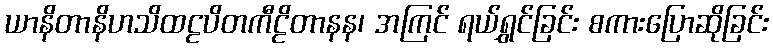
ယာနိတာနိဟသိထဠပိတကီဠိတာနန၊ အကြင် ရယ်ရွှင်ခြင်း စကားပြောဆိုခြင်း